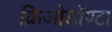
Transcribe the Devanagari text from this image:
क्रिओडॉण्टा